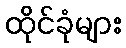
ထိုင်ခုံများ